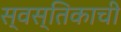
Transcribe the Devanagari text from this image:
स्वस्तिकाची